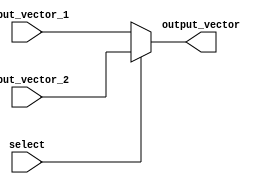
module vector_continuous_assignment (
    input  wire [7:0] input_vector_1,  // First input vector (8 bits)
    input  wire [7:0] input_vector_2,  // Second input vector (8 bits)
    input  wire select,                 // Select signal to choose input vector
    output wire [7:0] output_vector     // Output vector (8 bits)
);
    
    // Continuous assignment based on the select signal
    assign output_vector = (select) ? input_vector_2 : input_vector_1;

endmodule